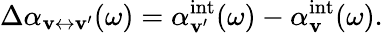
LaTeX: \Delta\alpha_{\mathbf{v}\leftrightarrow\mathbf{v}^{\prime}}(\omega)=\alpha_{\mathbf{v}^{\prime}}^{\mathrm{{int}}}(\omega)-\alpha_{\mathbf{v}}^{\mathrm{{int}}}(\omega).